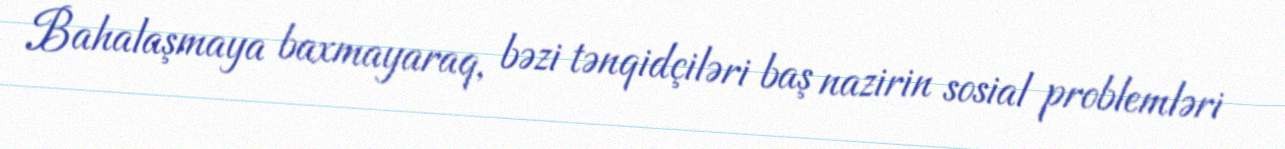
Bahalaşmaya baxmayaraq, bəzi tənqidçiləri baş nazirin sosial problemləri